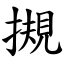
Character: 摫